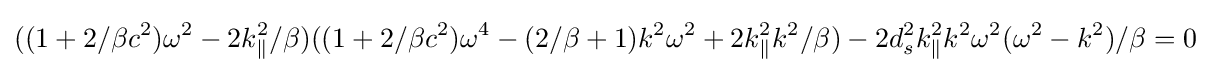
{\displaystyle {\displaystyle ((1+2/\beta c^{2})\omega ^{2}-2k_{\parallel }^{2}/\beta )((1+2/\beta c^{2})\omega ^{4}-(2/\beta +1)k^{2}\omega ^{2}+2k_{\parallel }^{2}k^{2}/\beta )-2d_{s}^{2}k_{\parallel }^{2}k^{2}\omega ^{2}(\omega ^{2}-k^{2})/\beta =0}}